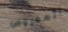
المفروض